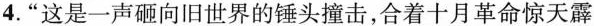
4.”这是一声砸向旧世界的锤头撞击，合着十月革命惊天霹